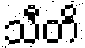
သီတိ